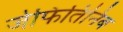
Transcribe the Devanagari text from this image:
जेफितिनिब